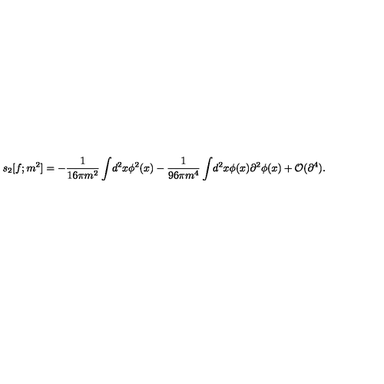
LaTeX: s _ { 2 } [ f ; m ^ { 2 } ] = - { \frac { 1 } { 1 6 \pi m ^ { 2 } } } \int \! d ^ { 2 } x \phi ^ { 2 } ( x ) - { \frac { 1 } { 9 6 \pi m ^ { 4 } } } \int \! d ^ { 2 } x \phi ( x ) \partial ^ { 2 } \phi ( x ) + { \cal O } ( \partial ^ { 4 } ) .